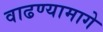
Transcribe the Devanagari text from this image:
वाढण्यामागे